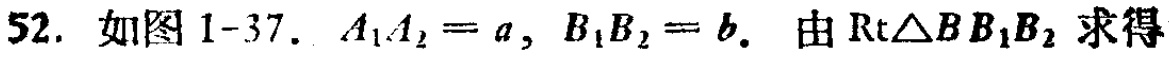
52. 如图1-37. \(A_{1}A_{2}=a,\ B_{1}B_{2}=b.\) 由\(\text{Rt}\triangle BB_{1}B_{2}\)求得